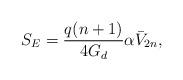
LaTeX: \begin{align*}S_{E} = \frac{q (n+1)}{4 G_{d}} \alpha \bar{V}_{2n},\end{align*}